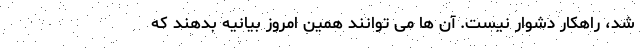
شد، راهکار دشوار نیست. آن ها می توانند همین امروز بیانیه بدهند که